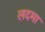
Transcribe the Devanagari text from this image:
लदमा